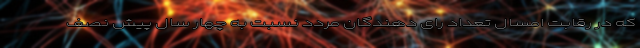
که در رقابت امسال تعداد رای دهندگان مردد نسبت به چهار سال پیش نصف